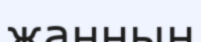
жанның